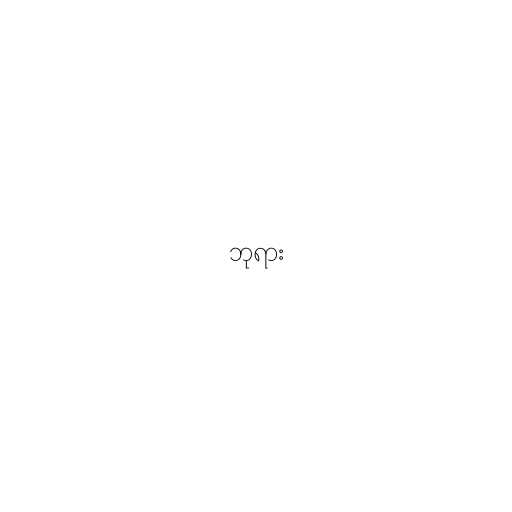
ဘုရား